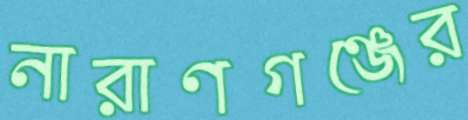
নারাণগঞ্জের